Lunatic asylums in Bengal annual reports 1888-1898 - 1888-1898
Year: 1888
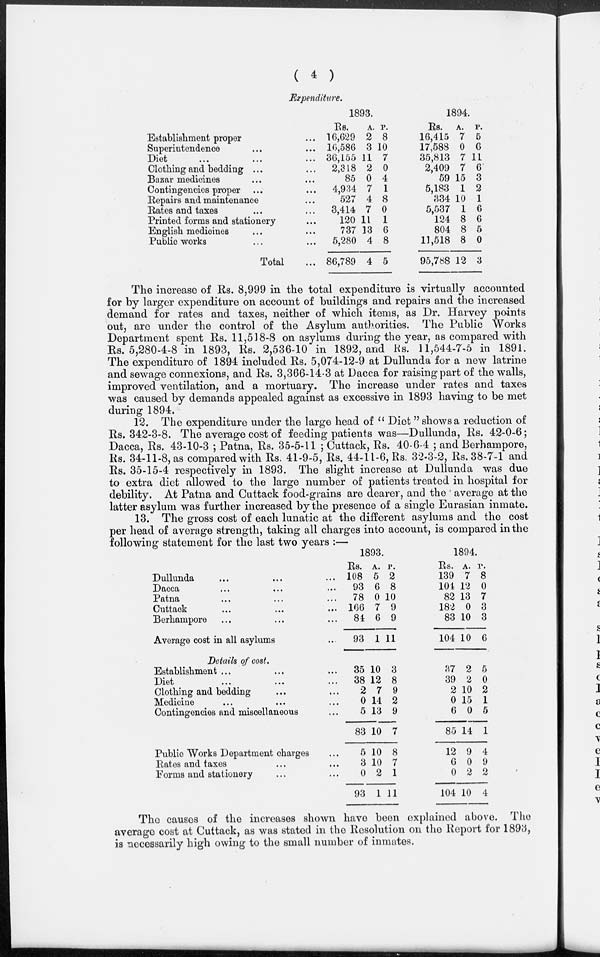
( 4 )
Expenditure.
Establishment proper ...
Superintendence ... ...
Diet ... ... ...
Clothing and bedding ... ...
Bazar medicines ... ...
Contingencies proper ... ...
Repairs and maintenance ...
Rates and taxes ... ...
Printed forms and stationery ...
English medicines ... ...
Public works ... ...
Total...
1893.
Rs.
16,629
16,586
36,155
2,318
85
4,934
527
3,414
120
737
5,280
86,789
A.
2
3
11
2
0
7
4
7
11
13
4
4
P.
8
10
7
0
4
1
8
0
1
6
8
5
1894.
Rs.
16,415
17,588
35,813
2,409
59
5,183
334
5,537
124
804
11,518
95,788
A.
7
0
7
7
15
1
10
1
8
8
8
12
P.
5
6
11
6
3
2
1
6
6
5
0
3
The increase of Rs. 8,999 in the total expenditure is virtually accounted
for by larger expenditure on account of buildings and repairs and the increased
demand for rates and taxes, neither of which items, as Dr. Harvey points
out, are under the control of the Asylum authorities. The Public Works
Department spent Rs. 11,518-8 on asylums during the year, as compared with
Rs. 5,280-4-8 in 1893, Rs. 2,536-10 in 1892, and Rs. 11,544-7-5 in 1891.
The expenditure of 1894 included Rs. 5,074-12-9 at Dullunda for a new latrine
and sewage connexions, and Rs. 3,366-14-3 at Dacca for raising part of the walls,
improved ventilation, and a mortuary. The increase under rates and taxes
was caused by demands appealed against as excessive in 1893 having to be met
during 1894.
12. The expenditure under the large head of " Diet " shows a reduction of
Rs. 342-3-8. The average cost of feeding patients was—Dullunda, Rs. 42-0-6;
Dacca, Rs. 43-10-3 ; Patna, Rs. 35-5-11 ; Cuttack, Rs. 40-6-4 ; and Berhampore,
Rs. 34-11-8, as compared with Rs. 41-9-5, Rs. 44-11-6, Rs. 32-3-2, Rs. 38-7-1 and
Rs. 35-15-4 respectively in 1893. The slight increase at Dullunda was due
to extra diet allowed to the large number of patients treated in hospital for
debility. At Patna and Cuttack food-grains are dearer, and the average at the
latter asylum was further increased by the presence of a single Eurasian inmate.
13. The gross cost of each lunatic at the different asylums and the cost
per head of average strength, taking all charges into account, is compared in the
following statement for the last two years :—
Dullunda ... ... ...
Dacca ... ... ...
Patna ... ... ...
Cuttack ... ... ...
Berhampore ... ... ...
Average cost in all asylums ...
1893.
Rs.
108
93
78
166
84
93
A.
5
6
0
7
6
1
P.
2
8
10
9
9
11
1894.
Rs.
139
101
82
182
83
104
A.
7
12
13
0
10
10
P.
8
0
7
3
3
6
Details of cost.
Establishment ... ... ...
Diet ... ... ...
Clothing and bedding ... ...
Medicine ... ... ...
Contingencies and miscellaneous ...
Public Works Department charges ...
Rates and taxes ... ...
Forms and stationery ... ...
35
38
2
0
5
83
5
3
0
93
10
12
7
14
13
10
10
10
2
1
3
8
9
2
9
7
8
7
1
11
37
39
2
0
6
85
12
6
0
104
2
2
10
15
0
14
9
0
2
10
5
0
2
1
5
1
4
9
2
4
The causes of the increases shown have been explained above. The
average cost at Cuttack, as was stated in the Resolution on the Report for 1893,
is necessarily high owing to the small number of inmates.